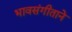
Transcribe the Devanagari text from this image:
भावसंगीताने